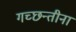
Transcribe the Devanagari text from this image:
गच्छन्तीनां